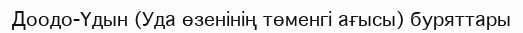
Доодо-Үдын (Уда өзенінің төменгі ағысы) буряттары